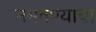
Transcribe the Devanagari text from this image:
नमवण्याचा